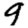
Digit: 9